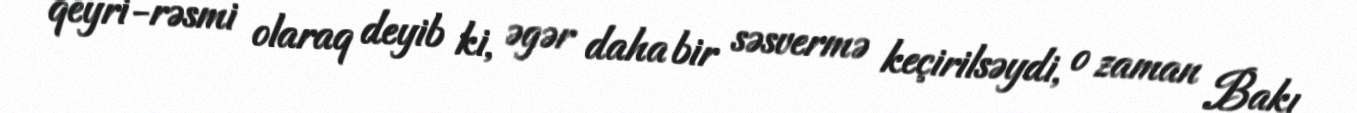
qeyri-rəsmi olaraq deyib ki, əgər daha bir səsvermə keçirilsəydi, o zaman Bakı